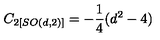
C _ { 2 \left[ S O ( d , 2 ) \right] } = - \frac { 1 } { 4 } ( d ^ { 2 } - 4 )